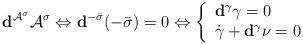
LaTeX: \begin{align*}\mathbf{d}^{\mathcal{A}^\sigma}\mathcal{A}^\sigma\Leftrightarrow \mathbf{d}^{-\bar\sigma}(-\bar\sigma)=0\Leftrightarrow\left\{\begin{array}{l}\mathbf{d}^\gamma\gamma=0\\ \dot\gamma+\mathbf{d}^\gamma\nu=0\end{array}\right.\end{align*}